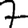
Digit: 7